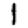
Digit: 1